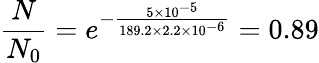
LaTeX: \frac{N}{N_{0}}=e^{-\frac{5\times 10^{-5}}{189.2\times 2.2\times 10^{-6}}}=0.89